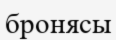
бронясы